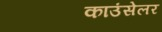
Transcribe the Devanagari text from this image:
काउंसेलर